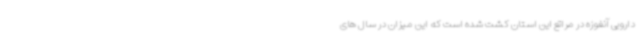
دارویی آنغوزه در مراتع این استان کشت شده است که این میزان در سال های